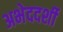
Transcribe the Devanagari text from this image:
अभेददर्शी